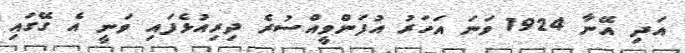
އަދި އޭނާ 1924 ވަނަ އަހަރު އުފަންވީއްސުރެ ދިރިއުޅެފައި ވަނީ އެ ގޭގައި